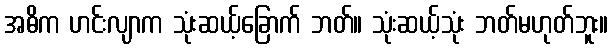
အဓိက ဟင်းလျာက သုံးဆယ့်ခြောက် ဘတ်။ သုံးဆယ့်သုံး ဘတ်မဟုတ်ဘူး။